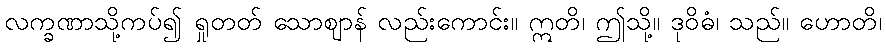
လက္ခဏာသို့ကပ်၍ ရှုတတ် သောဈာန် လည်းကောင်း။ ဣတိ၊ ဤသို့။ ဒုဝိဓံ၊ သည်။ ဟောတိ၊